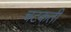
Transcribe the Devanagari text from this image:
चटकती